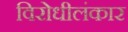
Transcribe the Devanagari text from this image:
विरोधीलंकार